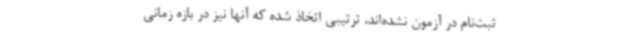
ثبت‌نام در آزمون نشده‌اند، ترتیبی اتخاذ شده که آنها نیز در بازه زمانی